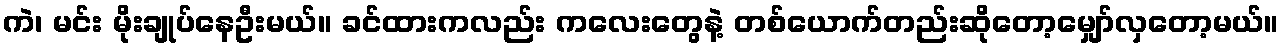
ကဲ၊ မင်း မိုးချုပ်နေဦးမယ်။ ခင်ထားကလည်း ကလေးတွေနဲ့ တစ်ယောက်တည်းဆိုတော့မျှော်လှတော့မယ်။